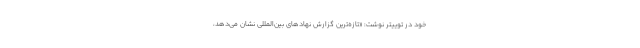
خود در توییتر نوشت: «تازه‌ترین گزارش نهادهای بین‌المللی نشان می‌دهد،